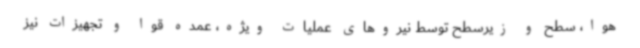
هوا، سطح و زیرسطح توسط نیروهای عملیات ویژه، عمده قوا و تجهیزات نیز